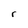
Character: r